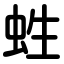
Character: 﨡